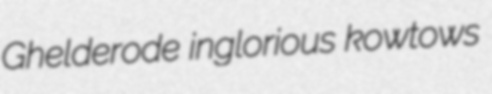
Ghelderode inglorious kowtows